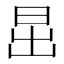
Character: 𣅽